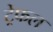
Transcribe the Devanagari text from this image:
ट्रेफल